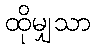
ထိုမျှသာ